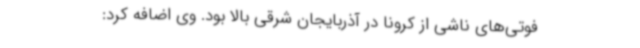
فوتی‌های ناشی از کرونا در آذربایجان شرقی بالا بود. وی اضافه کرد: